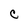
Character: c